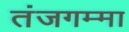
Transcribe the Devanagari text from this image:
तंजगम्मा